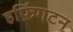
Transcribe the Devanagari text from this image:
हफ़िंगटन